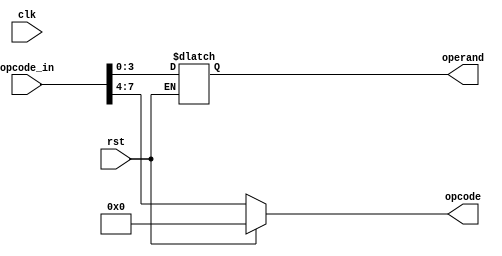
module instruction_decoder(input [7:0]opcode_in,input clk, rst, output reg [3:0]opcode,operand);


always@(*)
    begin
        if (rst)
            begin
                opcode <=4'b0000; 
            end
        else
            begin
                opcode = opcode_in[7:4];
                operand = opcode_in[3:0]; 
            end 
    end
endmodule